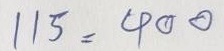
115 = 400